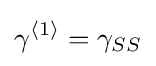
\gamma ^{\langle 1\rangle }=\gamma _{SS}